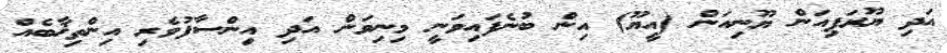
އަދި ޔޫރަޕިއަން ޔޫނިއަން (އީޔޫ) އިން ބުނެފައިވަނީ މިނިވަން އަދި އިންސާފުވެރި އިންތިޚާބެއް